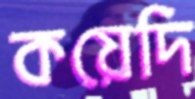
কয়েদি